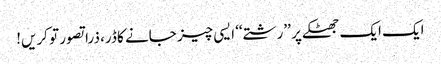
ایک ایک جھٹکے پر ’’رشتے‘‘ ایسی چیز جانے کا ڈر، ذرا تصور تو کریں!